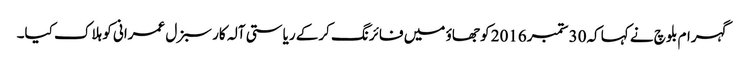
گہرام بلوچ نے کہا کہ30 ستمبر2016 کو جھاؤ میں فائرنگ کرکے ریاستی آلہ کار سبزل عمرانی کو ہلاک کیا۔